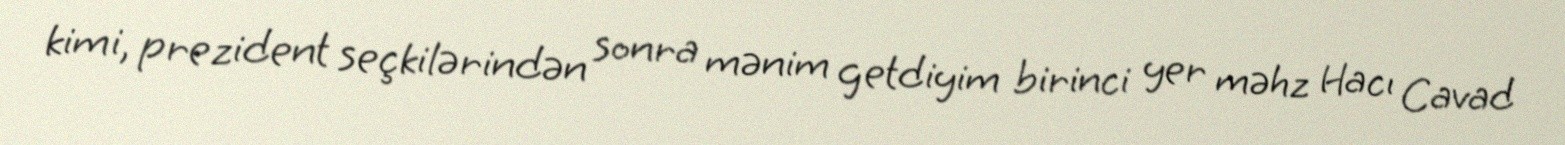
kimi, prezident seçkilərindən sonra mənim getdiyim birinci yer məhz Hacı Cavad